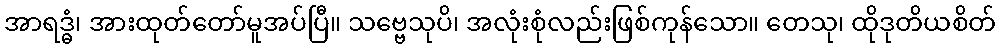
အာရဒ္ဓံ၊ အားထုတ်တော်မူအပ်ပြီ။ သဗ္ဗေသုပိ၊ အလုံးစုံလည်းဖြစ်ကုန်သော။ တေသု၊ ထိုဒုတိယစိတ်